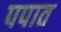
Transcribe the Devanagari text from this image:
पपात